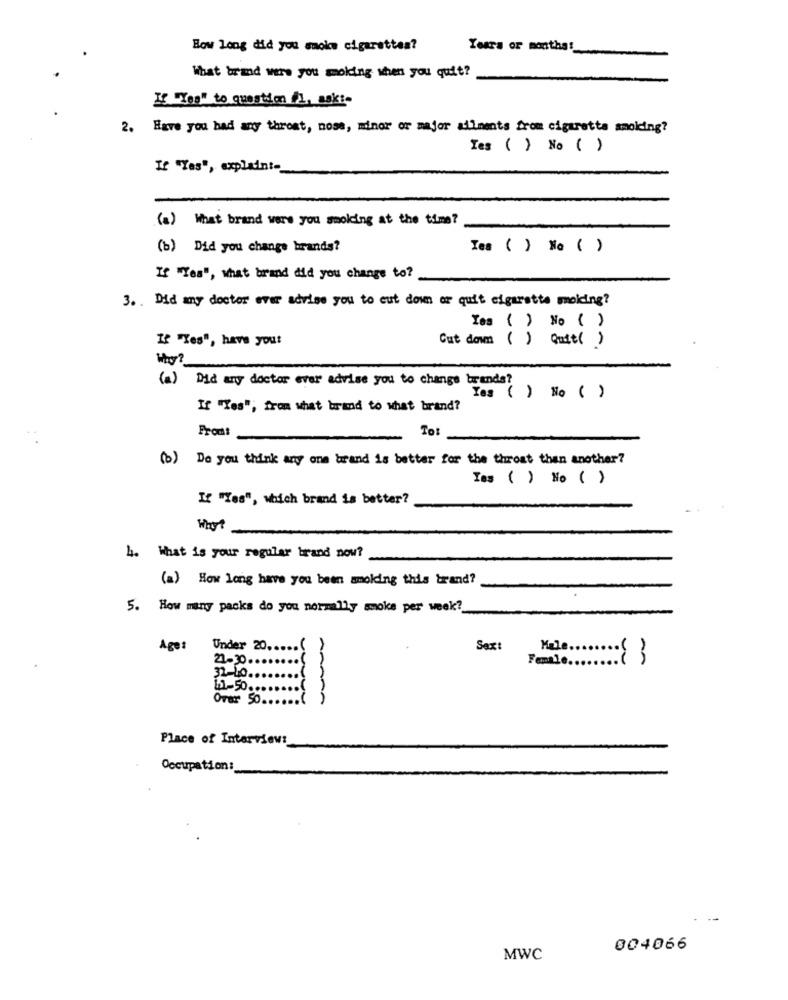
How long did you smoke cigarettes?
Years or monthas_
What brand were you smoking when you quit?
If "Yes" to questim /l, askt-
2. Have you had any throat, nose, minor or major ailments from cigarette smoking?
Tes ( ) No ( )
If "Yes", explaint-
(3) What brand were you smoking at the time?
(b) Did you change brands?
Tes ( ) No ( )
If "Yes", what brand did you change to?
3. . Did any doctor ever advise you to cut down or quit cigarette molding?
Yes ( ) No ( )
If "Yes", have your
Cut down ( ) Quit( )
Why?
(a) Did my doctor ever advise you to change brands?
Yes () No ( )
If "Yes"; from what brand to what brand?
To
Front
(b) Do you think may ona brand is better for the throat than another?
Ies ( ) No ( )
If "Yes", which brand is better?
What
4. What is your regular brand now?
(a) How long have you been molding this brand?
5. How many packs do you normally smoke per week?
Ages
Under 20 ..
Sext
21-30.
Female ...
an
32-10.
11-50 ...
Orar So ..
-mana
Place of Interview:
Occupation:
004066
MWC